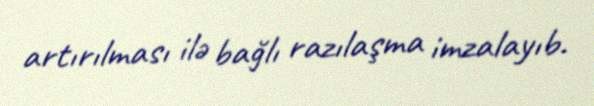
artırılması ilə bağlı razılaşma imzalayıb.